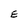
Character: E